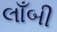
લાઁબી